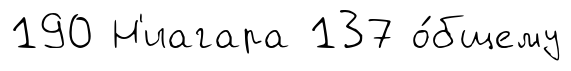
190 Н'иагара 137 о́бщему